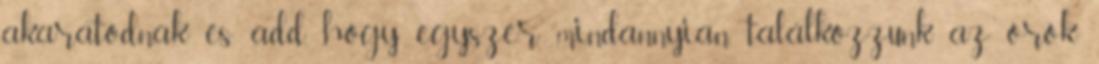
akaratodnak és add, hogy egyszer mindannyian találkozzunk az örök